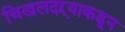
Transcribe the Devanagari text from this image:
चिखलदऱ्याकडून